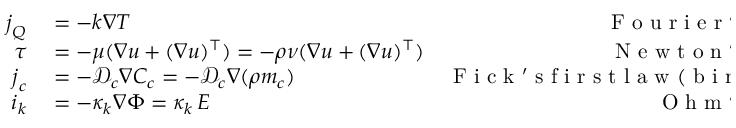
\begin{array} { r l r } { \boldsymbol { j } _ { Q } } & { { } = - k \nabla T } & { \mathrm { ~ F ~ o ~ u ~ r ~ i ~ e ~ r ~ ' ~ s ~ l ~ a ~ w ~ } } \\ { \boldsymbol { \tau } } & { { } = - \mu ( \nabla \boldsymbol { u } + ( \nabla \boldsymbol { u } ) ^ { \top } ) = - \rho \nu ( \nabla \boldsymbol { u } + ( \nabla \boldsymbol { u } ) ^ { \top } ) } & { \mathrm { ~ N ~ e ~ w ~ t ~ o ~ n ~ ' ~ s ~ l ~ a ~ w ~ } } \\ { \boldsymbol { j } _ { c } } & { { } = - \mathcal { D } _ { c } \nabla C _ { c } = - \mathcal { D } _ { c } \nabla ( \rho m _ { c } ) } & { \mathrm { ~ F ~ i ~ c ~ k ~ ' ~ s ~ f ~ i ~ r ~ s ~ t ~ l ~ a ~ w ~ ( ~ b ~ i ~ n ~ a ~ r ~ y ~ ) ~ } } \\ { \boldsymbol { i } _ { k } } & { { } = - \kappa _ { k } \nabla \Phi = \kappa _ { k } \, \boldsymbol { E } } & { \mathrm { ~ O ~ h ~ m ~ ' ~ s ~ l ~ a ~ w ~ } } \end{array}